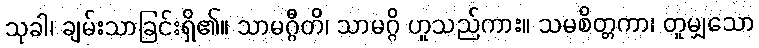
သုခါ၊ ချမ်းသာခြင်းရှိ၏။ သာမဂ္ဂီတိ၊ သာမဂ္ဂိ ဟူသည်ကား။ သမစိတ္တကာ၊ တူမျှသော